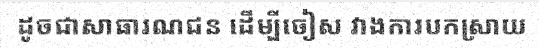
ដូចជាសាធារណជន ដើម្បីចៀស វាងការបកស្រាយ